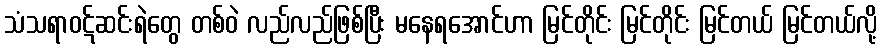
သံသရာဝဋ်ဆင်းရဲတွေ တစ်ဝဲ လည်လည်ဖြစ်ပြီး မနေရအောင်ဟာ မြင်တိုင်း မြင်တိုင်း မြင်တယ် မြင်တယ်လို့